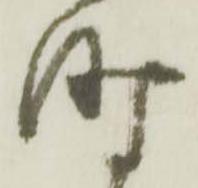
時